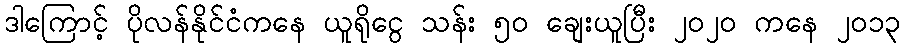
ဒါကြောင့် ပိုလန်နိုင်ငံကနေ ယူရိုငွေ သန်း ၅၀ ချေးယူပြီး ၂၀၂၀ ကနေ ၂၀၁၃